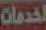
لخدمات